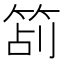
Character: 𥭔